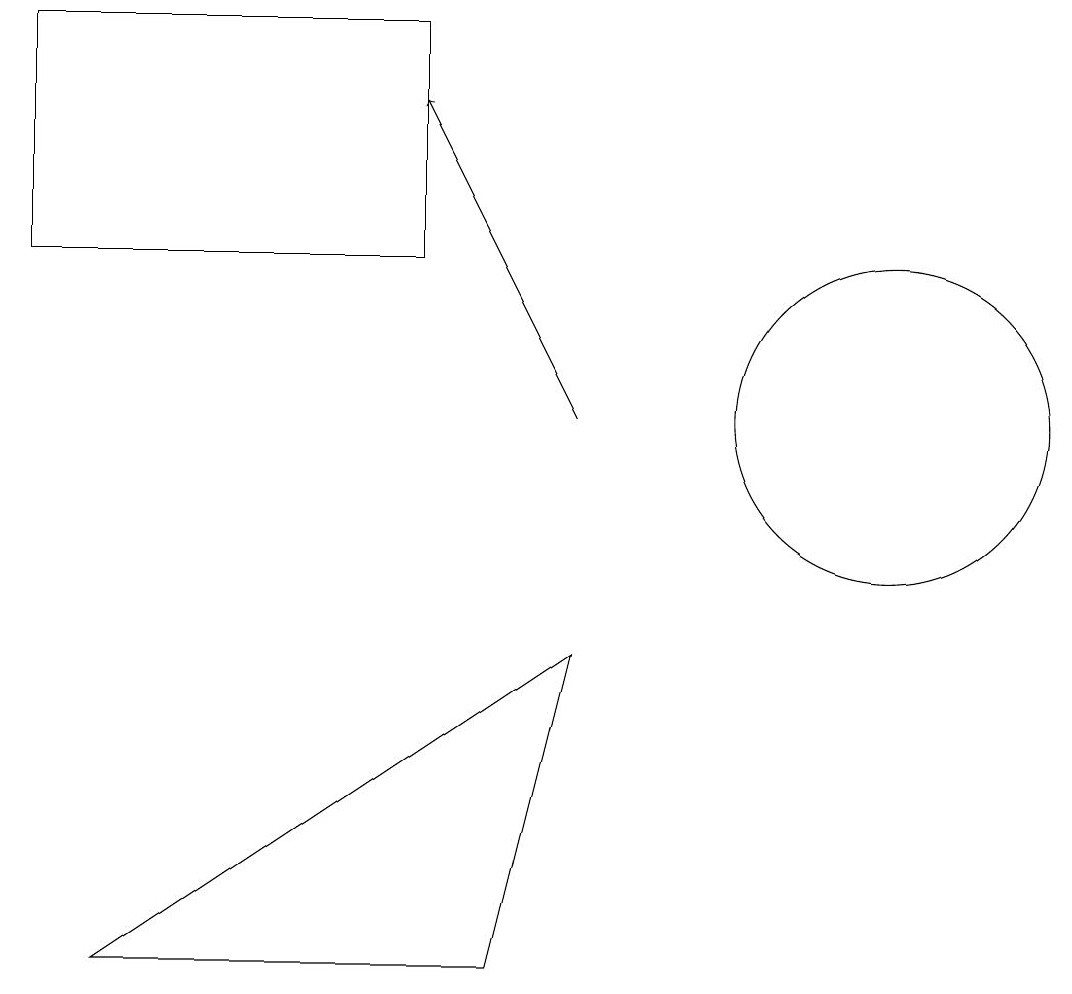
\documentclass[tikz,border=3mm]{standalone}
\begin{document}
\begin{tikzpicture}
\draw[->] (8,12) -- (6,16);
\draw (2,5) -- (7,5) -- (8,9) -- cycle;
\draw (6,14) rectangle (1,17);
\draw (12,12) circle (2);
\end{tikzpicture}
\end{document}